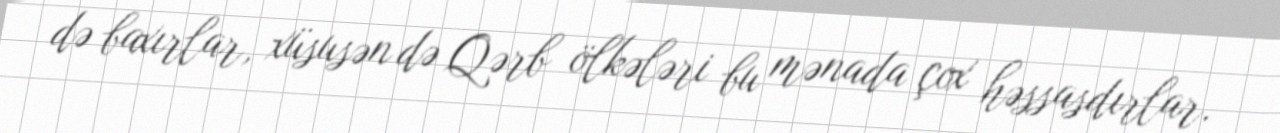
də baxırlar, xüsusən də Qərb ölkələri bu mənada çox həssasdırlar.